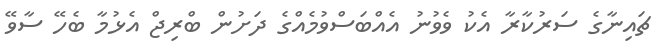
ޗައިނާގެ ސަރުކާރާ އެކު ވެވުނު އެއްބަސްވުމެއްގެ ދަށުން ބްރިޖް އެޅުމާ ބެހޭ ސާވޭ